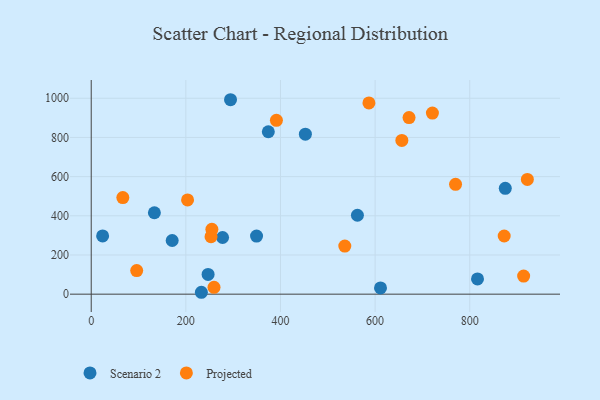
{"axis": {"x": "Engine Size", "y": "Yield"}, "legend": ["Projected", "Scenario 2"], "data": [{"x": "349.4", "y": 296.6, "type": "Scenario 2"}, {"x": "171.1", "y": 273.9, "type": "Scenario 2"}, {"x": "133.5", "y": 415.7, "type": "Scenario 2"}, {"x": "562.6", "y": 402.9, "type": "Scenario 2"}, {"x": "232.8", "y": 9.6, "type": "Scenario 2"}, {"x": "294.4", "y": 992.6, "type": "Scenario 2"}, {"x": "452.6", "y": 816.9, "type": "Scenario 2"}, {"x": "875.1", "y": 540.1, "type": "Scenario 2"}, {"x": "816.4", "y": 77.5, "type": "Scenario 2"}, {"x": "247.0", "y": 100.5, "type": "Scenario 2"}, {"x": "374.3", "y": 829.2, "type": "Scenario 2"}, {"x": "24.1", "y": 297.5, "type": "Scenario 2"}, {"x": "611.4", "y": 31.6, "type": "Scenario 2"}, {"x": "277.6", "y": 289.3, "type": "Scenario 2"}, {"x": "255.0", "y": 331.2, "type": "Projected"}, {"x": "656.5", "y": 784.6, "type": "Projected"}, {"x": "253.2", "y": 293.7, "type": "Projected"}, {"x": "770.0", "y": 560.5, "type": "Projected"}, {"x": "586.9", "y": 976.5, "type": "Projected"}, {"x": "913.9", "y": 92.5, "type": "Projected"}, {"x": "671.7", "y": 901.7, "type": "Projected"}, {"x": "535.9", "y": 245.4, "type": "Projected"}, {"x": "96.1", "y": 120.6, "type": "Projected"}, {"x": "872.8", "y": 297.0, "type": "Projected"}, {"x": "921.8", "y": 585.8, "type": "Projected"}, {"x": "721.1", "y": 924.4, "type": "Projected"}, {"x": "391.4", "y": 887.4, "type": "Projected"}, {"x": "259.5", "y": 34.7, "type": "Projected"}, {"x": "66.8", "y": 493.1, "type": "Projected"}, {"x": "203.6", "y": 480.9, "type": "Projected"}]}